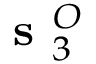
\textbf { s } _ { 3 } ^ { O }